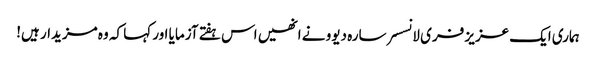
ہماری ایک عزیز فری لانسسر سارہ دیوو نے انھیں اس ہفتے آزمایا اور کہا کہ وہ مزیدار ہیں!